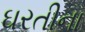
ઘરતીના